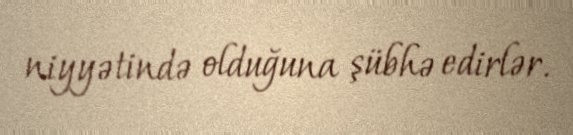
niyyətində olduğuna şübhə edirlər.